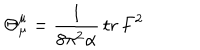
\Theta _ { \hspace { 1 m m } \mu } ^ { \mu } = \frac { 1 } { 8 \pi ^ { 2 } \alpha } \, \mathrm { t r } \, F ^ { 2 }